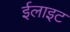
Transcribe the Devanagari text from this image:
ईलाइट